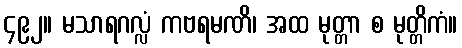
၄၉၂။ မသာရဂလ္လံ ကဗရမဏိ၊ အထ မုတ္တာ စ မုတ္တိကံ။